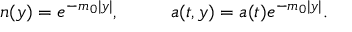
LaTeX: n ( y ) = e ^ { - m _ { 0 } | y | } , \ \ \ \ \ \ \ \ a ( t , y ) = a ( t ) e ^ { - m _ { 0 } | y | } .